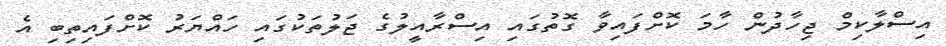
އިސްލާކިމް ޖިހާދުން ހާމަ ކޮށްފައިވާ ގޮތުގައި އިސްރާއީލުގެ ޖަލުތަކުގައި ހައްޔަރު ކޮށްފައިތިބި އެ